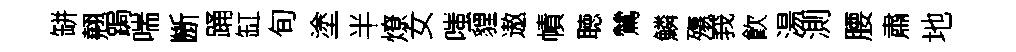
缾翹跼喘㫁踊缸旬塗半燎女嗤貍遨幘聴鷥鱗殤峩飮湯測腰肅地